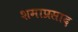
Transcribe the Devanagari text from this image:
शमाप्रसाद